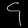
Digit: ၄